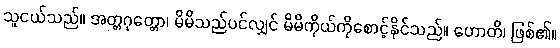
သူငယ်သည်။ အတ္တဂုတ္တော၊ မိမိသည်ပင်လျှင် မိမိကိုယ်ကိုစောင့်နိုင်သည်။ ဟောတိ၊ ဖြစ်၏။